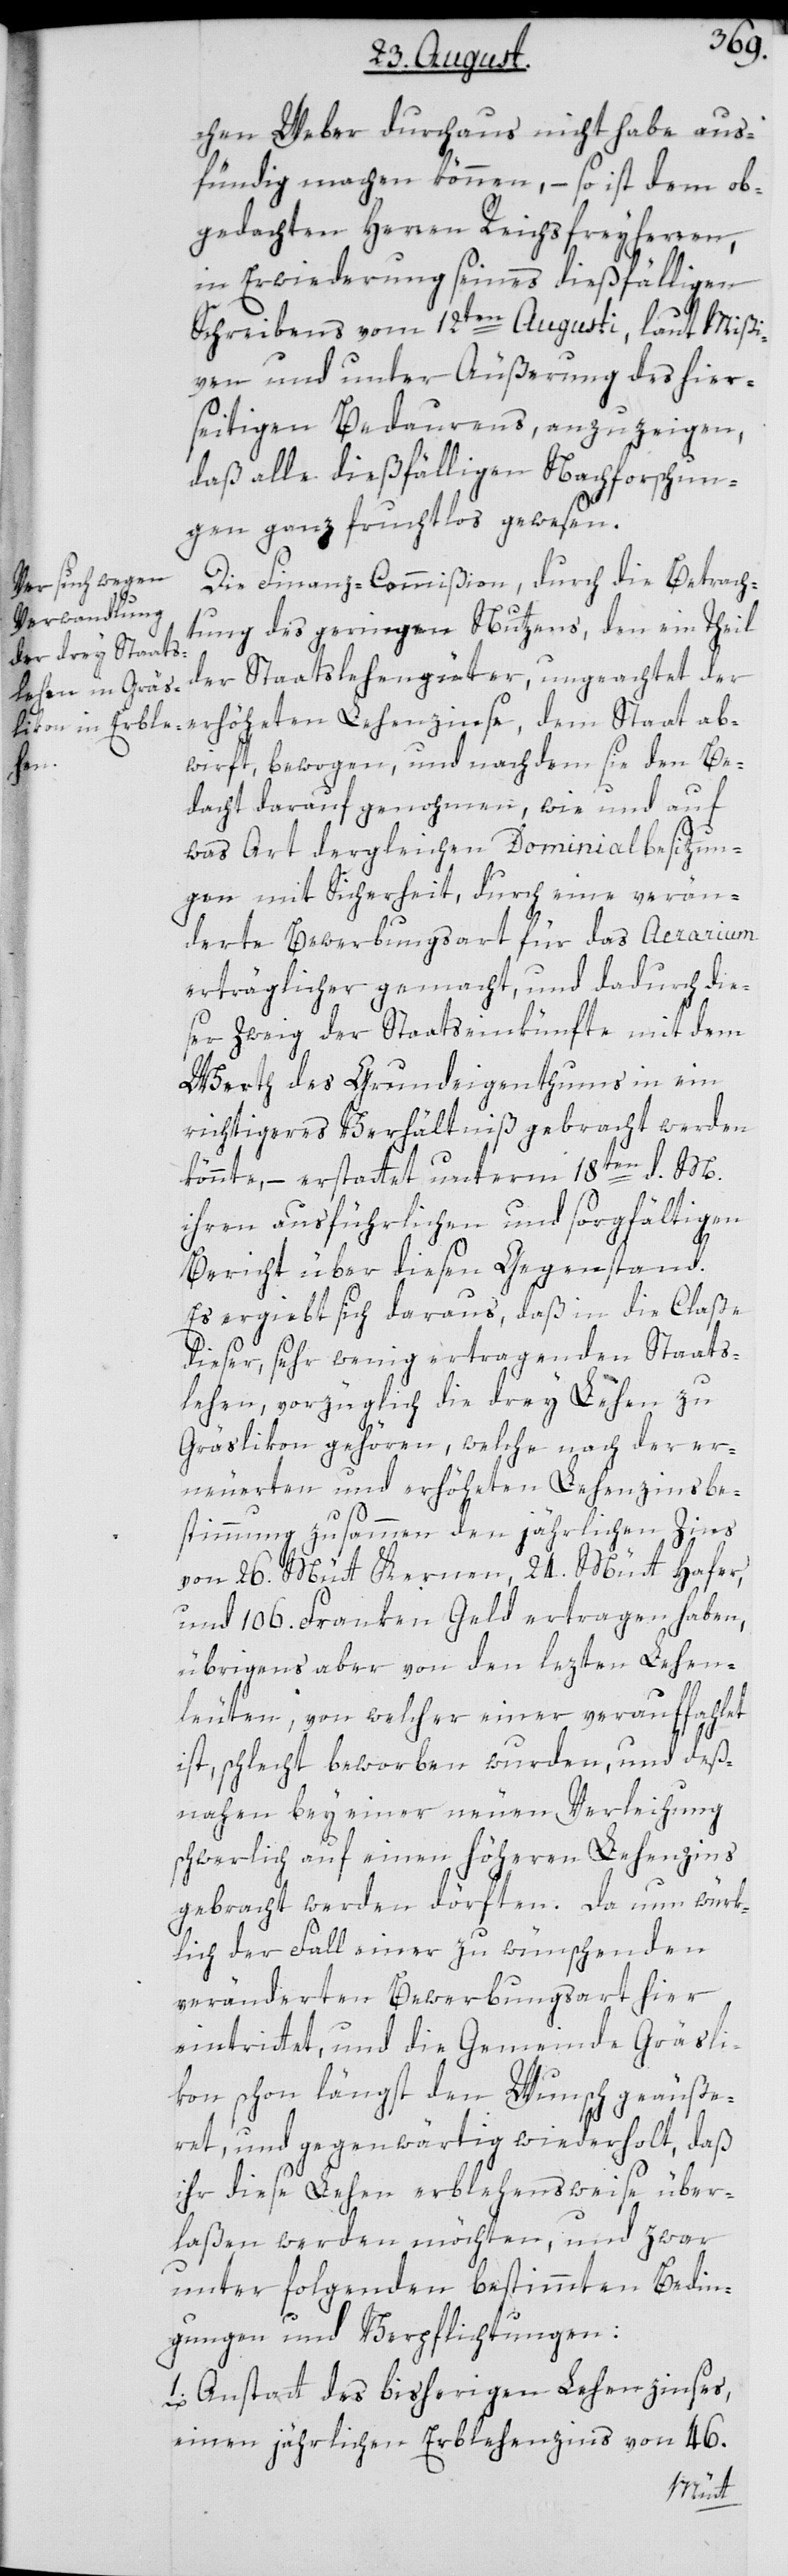
chen Weber durchaus nicht habe aus¬
fündig machen können, – so ist dem ob¬
gedachten Herren Reichsfreyherren,
in Erwiderung seines dießfälligen
Schreibens vom 12ten Augusti, laut Mißi¬
ven und unter Äußerung des hier¬
seitigen Bedauerns, anzuzeigen,
daß alle dießfälligen Nachforschun¬
gen ganz fruchtlos gewesen.
Die Finanz-Commißion, durch die Betrach¬
tung des geringen Nutzens, den ein Theil
der Staatslehengüter, ungeachtet der
abwirft, bewogen, und nachdem sie den Be¬
dacht darauf genohmen, wie und auf
was Art dergleichen Dominialbesitzun¬
gen mit Sicherheit, durch eine verän¬
derte Bewerbungsart für das Aerarium
erträglicher gemacht, und dadurch die¬
ser Zweig der Staatseinkünfte mit dem
Werth des Grundeigenthums in ein
richtigeres Verhältniß gebracht werden
könnte, – erstattet unterm 18ten d. M.
ihren ausführlichen und sorgfältigen
Bericht über diesen Gegenstand.
Es ergiebt sich daraus, daß in die Claße
dieser, sehr wenig ertragenden Staats¬
lehen, vorzüglich die drey Lehen zu
Gräslikon gehören, welche nach der er¬
neuerten und erhöheten Lehenzinsbe¬
stimmung zusammen den jährlichen Zins
von 26. Mütt Kernen, 24. Mütt Hafer,
und 106. Franken Geld ertrag haben,
übrigens aber von den lezten Lehen¬
leuten, von welcher einer verauffhlet
ist, schlecht beworben wurden, und deß¬
nahen bey einer neuen Verleihung
schwerlich auf einen höheren Lehenzins
gebracht werden dörften. Da nun würk¬
lich der Fall einer zu wünschenden
veränderten Bewerbungsart hier
eintrittet, und die Gemeinde Gräsli¬
kon schon längst den Wunsch geäuße¬
ret, und gegenwärtig wiederholt, daß
ihr diese Lehen erblehensweise über¬
laßen werden möchten, und zwar
unter folgenden bestimmten Bedin¬
gungen und Verpflichtungen:
1. Anstatt des bisherigen Lehenzinses,
einen jährlichen Erblehenzins von 46.